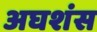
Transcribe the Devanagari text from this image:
अघशंस